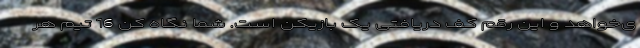
ی‌خواهد و این رقم کف دریافتی یک بازیکن است. شما نگاه کن 16 تیم هر